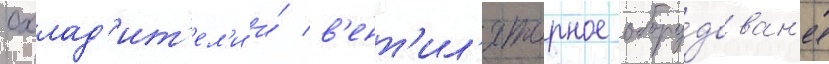
охлад'ит'ел'и и́ в'ент'ил'яторное обору́дован'ие